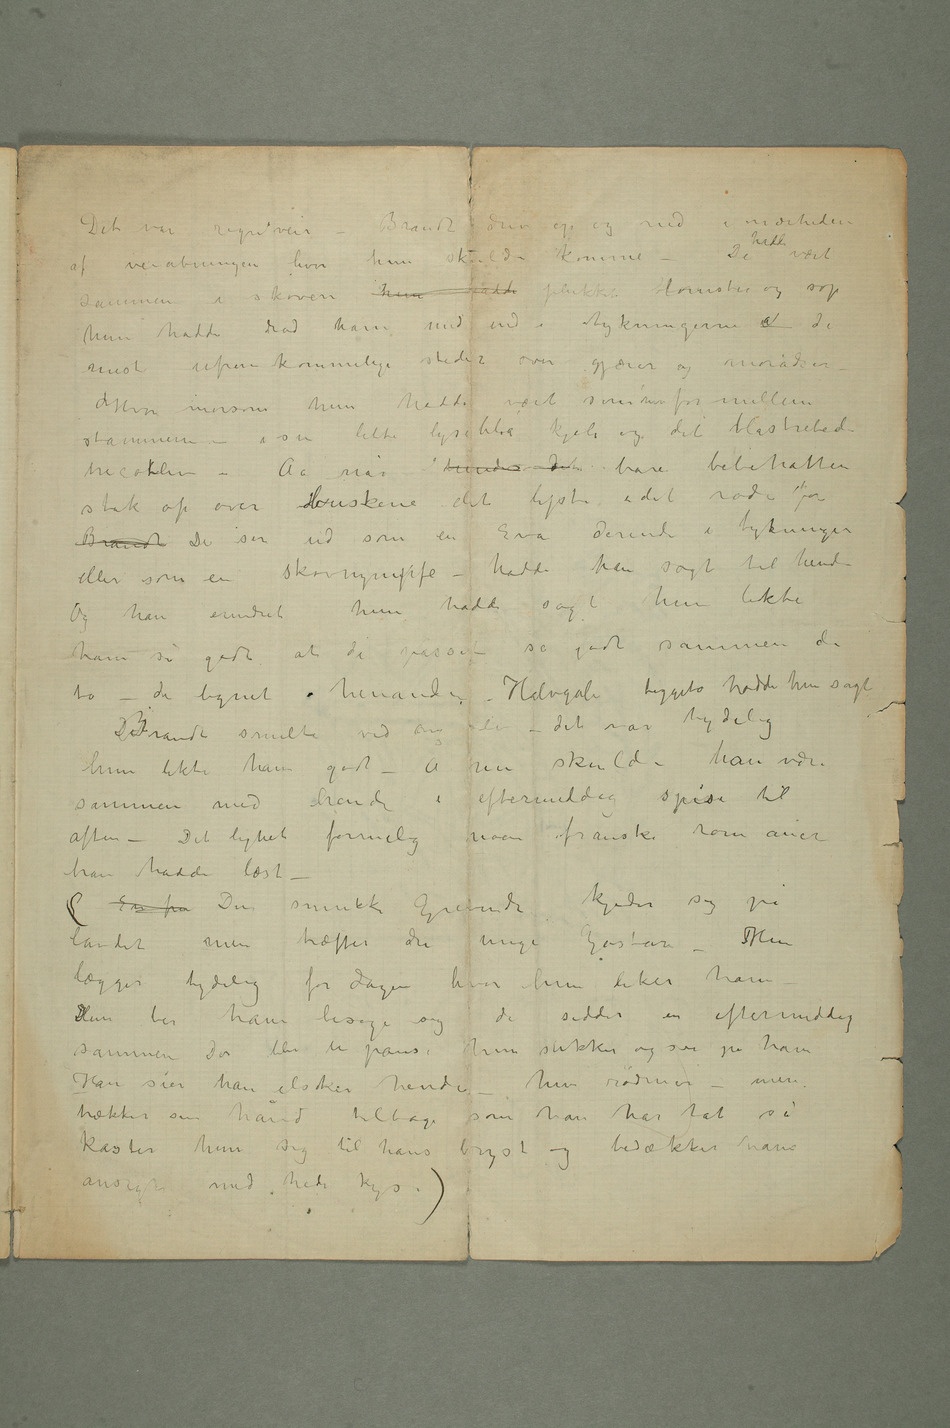
– Brandt
drev op og ned i nærheden
skoven hun hadde plukket
mest ufremkommelige steder over gjærer og
moradser –
hadde vært som hun for mellem
i sin lette lyseblå kjole og det blåstribede
tricoltliv – Aa når hendes d bare bebehatten
stak op over buskene det lyste i det røde for
Brandt De ser ud som en Eva derinde i tykningen
eller som en skovnympfe – hadde han sagt til hende
Og han erindret hun hadde sagt hun likte
ham så godt at de passet så godt sammen de
to – de lignet hinanden – Halvgale beggeto hadde hun sagt
DBrandt smilte ved sig selv – det var tydelig
hun likte ham godt – Å nu skulde han være
sammen med hende i eftermiddag spise til
aften – Det lignet formelig noen franske romaner
han hadde læst –
(En fru Den smukke Grevinde kjeder sig på
landet men træffer den unge kodes?Gustav – Hun
lægger tydelig for dagen hvor hun liker ham
– Hun ber ham besøge
de sidder en eftermiddag
sammenDer blir en pause, hun sukker og ser på ham
Han sier han elsker hende – Hun rødmer –
hånd tilbage som han har tat så
kaster hun sig til hans bryst og bedækker hans ansigt
med hede kys.)